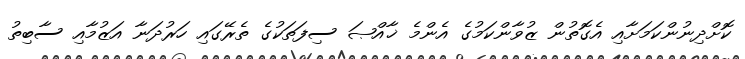
ކޮށްދިނުންކަމަށާއި އެގޮތުން ޒުވާންކަމުގެ އެންމެ ޚާއްޞަ ސިފަތަކުގެ ތެރޭގައި ހަރުދަނާ އަޒުމާއި ސާބިތު